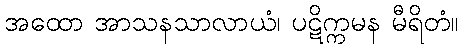
အထော အာသနသာလာယံ၊ ပဋိက္ကမန မီရိတံ။